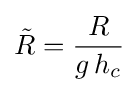
{\tilde {R}}={\frac {R}{g\,h_{c}}}